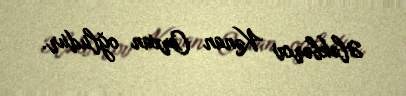
Ələkbərov Kənan Orxan oğludur.